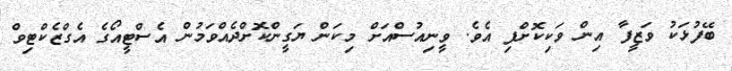
ބޭފުޅަކު ވަޒީފާ އިން ވަކިކޮށްފި އެވެ. ވީނިއުސްއަށް މިކަން ޔަގީންކޮށްދެއްވަމުން އެސްޓީއޯގެ އެގްޒެކްޓިވް